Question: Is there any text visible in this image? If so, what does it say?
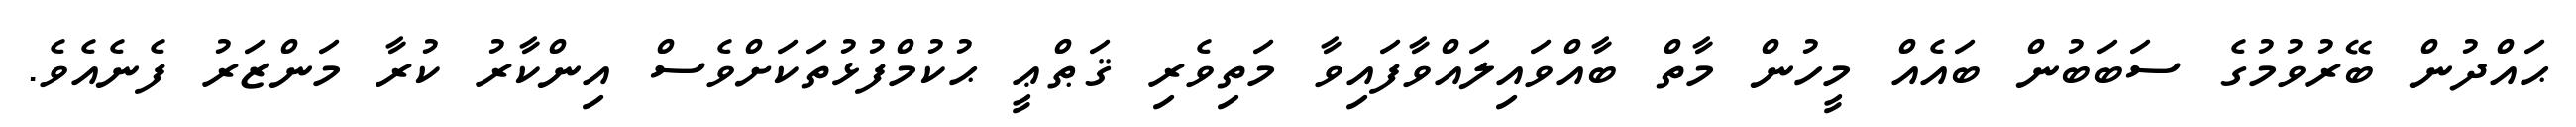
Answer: ޙައްދުން ބޭރުވުމުގެ ސަބަބުން ބައެއް މީހުން މާތް ބާއްވައިލައްވާފައިވާ މަތިވެރި ޤަޠްޢީ ޙުކުމްފުޅުތަކަށްވެސް އިންކާރު ކުރާ މަންޒަރު ފެނެއެވެ.